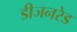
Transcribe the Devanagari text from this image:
डीजनरेड